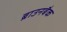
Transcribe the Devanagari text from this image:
ब्राउनबैक